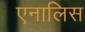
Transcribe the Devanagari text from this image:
एनालिस